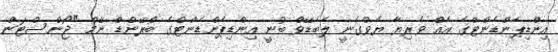
އިންޑިޕެންޑެންޓްގެ އެއް ވެރިޔާ ޔެވްގެނީ ލެބެޑޭވް ބުނީ އިންޑިޕެންޑެންޓްގެ ބްރޭންޑް ނޭމް "ޖޯންސްޓަން